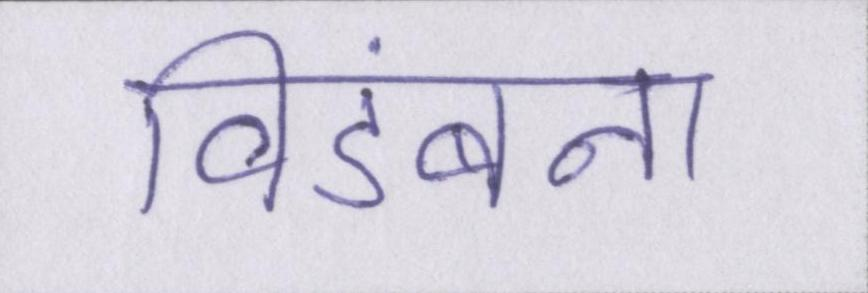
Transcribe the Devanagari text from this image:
विडंबना